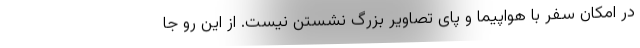
در امکان سفر با هواپیما و پای تصاویر بزرگ نشستن نیست. از این رو جا